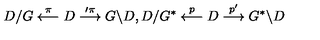
D / G \stackrel { \pi } { \longleftarrow } D \stackrel { \prime { \pi } } { \longrightarrow } G \backslash D , D / G ^ { * } \stackrel { p } { \longleftarrow } D \stackrel { p ^ { \prime } } { \longrightarrow } G ^ { * } \backslash D